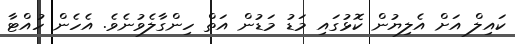
ކައިލް އަށް އެލިޔުން ކޮޅުގައި މަޑު މަޑުން އަތް ހިންގާލެވުނެވެ. އެހެން ހުއްޓާ